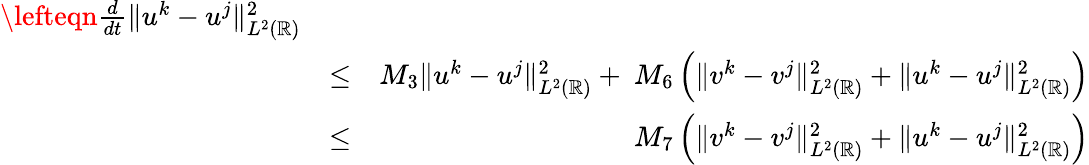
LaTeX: \begin{array}{rlr}{\lefteqn{\frac{d}{dt}\| u^{k}-u^{j}\| _{L^{2}(\mathbb{R})}^{2}}}\\ &{\leq}&{M_{3}\| u^{k}-u^{j}\| _{L^{2}(\mathbb{R})}^{2}+\ M_{6}\left(\| v^{k}-v^{j}\| _{L^{2}(\mathbb{R})}^{2}+\| u^{k}-u^{j}\| _{L^{2}(\mathbb{R})}^{2}\right)}\\ &{\leq}&{\ M_{7}\left(\| v^{k}-v^{j}\| _{L^{2}(\mathbb{R})}^{2}+\| u^{k}-u^{j}\| _{L^{2}(\mathbb{R})}^{2}\right)}\end{array}